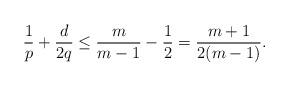
LaTeX: \begin{align*}\frac{1}{p}+\frac{d}{2q}\leq \frac{m}{m-1}-\frac{1}{2}=\frac{m+1}{2(m-1)}.\end{align*}